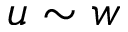
u \sim w